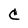
Character: C